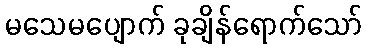
မသေမပျောက် ခုချိန်ရောက်သော်